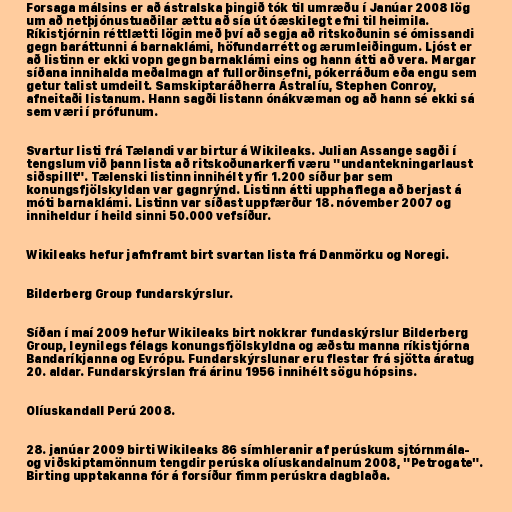
Forsaga málsins er að ástralska þingið tók til umræðu í Janúar 2008 lög
um að netþjónustuaðilar ættu að sía út óæskilegt efni til heimila.
Ríkistjórnin réttlætti lögin með því að segja að ritskoðunin sé ómissandi
gegn baráttunni á barnaklámi, höfundarrétt og ærumleiðingum. Ljóst er
að listinn er ekki vopn gegn barnaklámi eins og hann átti að vera. Margar
síðana innihalda meðalmagn af fullorðinsefni, pókerráðum eða engu sem
getur talist umdeilt. Samskiptaráðherra Ástralíu, Stephen Conroy,
afneitaði listanum. Hann sagði listann ónákvæman og að hann sé ekki sá
sem væri í prófunum.

Svartur listi frá Tælandi var birtur á Wikileaks. Julian Assange sagði í
tengslum við þann lista að ritskoðunarkerfi væru "undantekningarlaust
siðspillt". Tælenski listinn innihélt yfir 1.200 síður þar sem
konungsfjölskyldan var gagnrýnd. Listinn átti upphaflega að berjast á
móti barnaklámi. Listinn var síðast uppfærður 18. nóvember 2007 og
inniheldur í heild sinni 50.000 vefsíður.

Wikileaks hefur jafnframt birt svartan lista frá Danmörku og Noregi.

Bilderberg Group fundarskýrslur.

Síðan í maí 2009 hefur Wikileaks birt nokkrar fundaskýrslur Bilderberg
Group, leynilegs félags konungsfjölskyldna og æðstu manna ríkistjórna
Bandaríkjanna og Evrópu. Fundarskýrslunar eru flestar frá sjötta áratug
20. aldar. Fundarskýrslan frá árinu 1956 innihélt sögu hópsins.

Olíuskandall Perú 2008.

28. janúar 2009 birti Wikileaks 86 símhleranir af perúskum sjtórnmála-
og viðskiptamönnum tengdir perúska olíuskandalnum 2008, "Petrogate".
Birting upptakanna fór á forsíður fimm perúskra dagblaða.